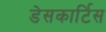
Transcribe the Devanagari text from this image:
डेसकार्टिस